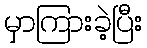
မှာကြားခဲ့ပြီး